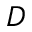
D